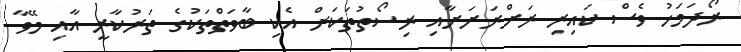
ރޯދަމަހު ވެސް ކައިރި ރަށްރަށަށާއި ރިސޯތުތަކަށް އެކި ބާވަތްތަކުގެ ތަރުކާރީ އާއި މޭވާ